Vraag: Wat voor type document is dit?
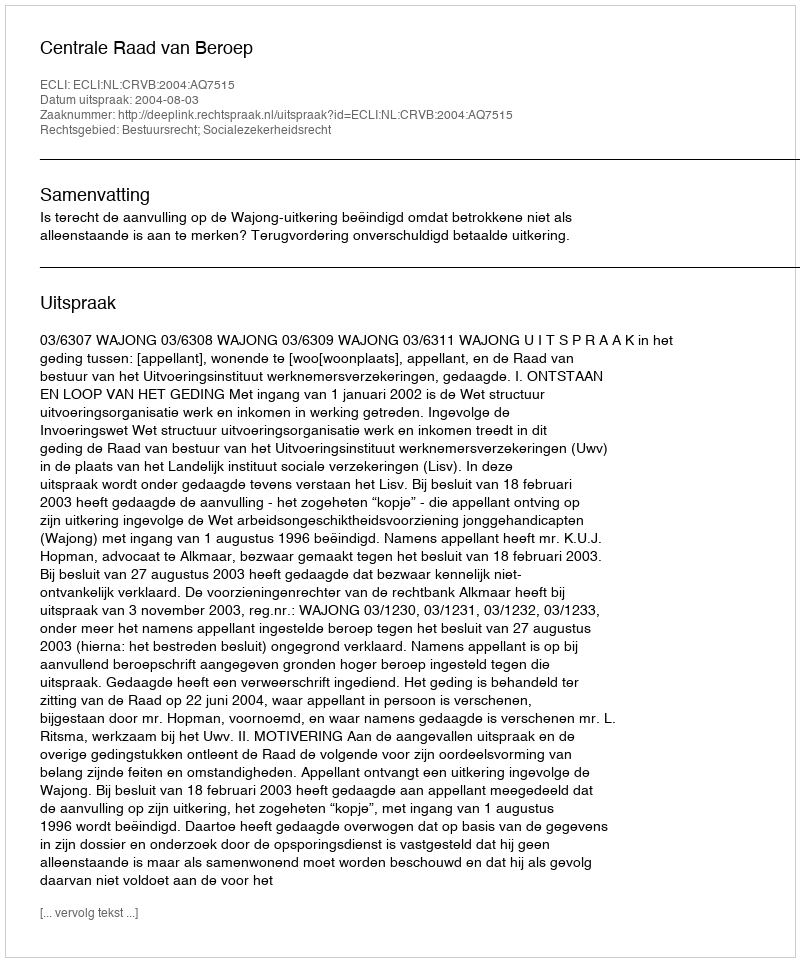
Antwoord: Uitspraak